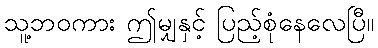
သူ့ဘဝကား ဤမျှနှင့် ပြည့်စုံနေလေပြီ။